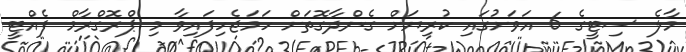
މާލެ ސިޓީގެ 6 އަވަށުގައި ކުރިޔަށް ގެންދާގޮތަށް ހަމަޖެހިފައިވާ މި ޕްރޮގްރާމް ފެއްޓީ